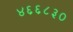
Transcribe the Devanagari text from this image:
४६६८३०